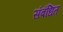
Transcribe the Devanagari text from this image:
संबंधित